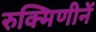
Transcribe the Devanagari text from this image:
रुक्मिणीनें